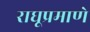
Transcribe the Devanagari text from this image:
राघूप्रमाणे